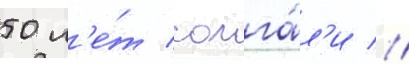
50 л'е́т солга́л'и //